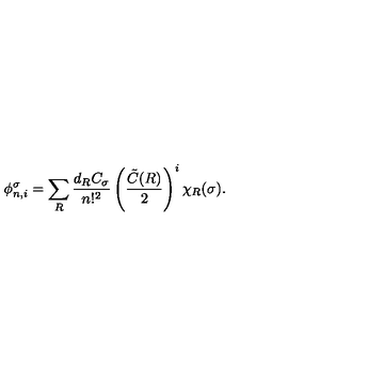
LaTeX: \phi _ { n , i } ^ { \sigma } = \sum _ { R } \frac { d _ { R } C _ { \sigma } } { n ! ^ { 2 } } \left( \frac { \tilde { C } ( R ) } { 2 } \right) ^ { i } \chi _ { R } ( \sigma ) .